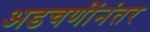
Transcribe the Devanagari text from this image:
अडचणींनंतर